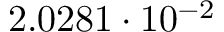
2 . 0 2 8 1 \cdot 1 0 ^ { - 2 }